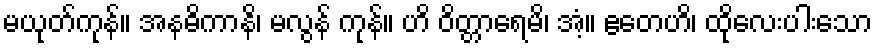
မယုတ်ကုန်။ အနဓိကာနိ၊ မလွန် ကုန်။ ဟိ ဝိတ္တာရေမိ၊ အံ့။ ဧတေဟိ၊ ထိုလေးပါးသော